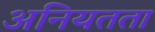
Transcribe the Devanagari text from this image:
अनियतता